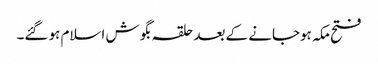
فتح مکہ ہوجانے کے بعد حلقہ بگوش اسلام ہو گئے۔